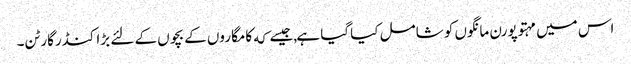
اس میں مہتوپورن مانگوں کو شامل کیا گیا ہے,جیسے که کامگاروں کے بچوں کے لئے بڑا کنڈرگارٹن۔